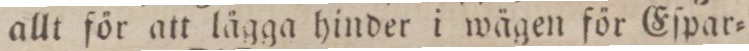
allt för att lägga hinder i wägen för Eſpar=